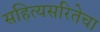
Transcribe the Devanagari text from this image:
सहित्यसरितेचा